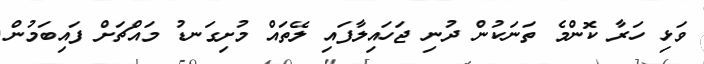
ވަޅި ހަރާ ކޮންމެ ތަނަކުން ދުނި ޖަހައިލާފައި ލޭތައް މުށިގަނޑު މައްޗަށް ފައިބަމުން